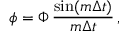
\phi = \Phi \, { \frac { \sin ( m \Delta t ) } { m \Delta t } } \, ,